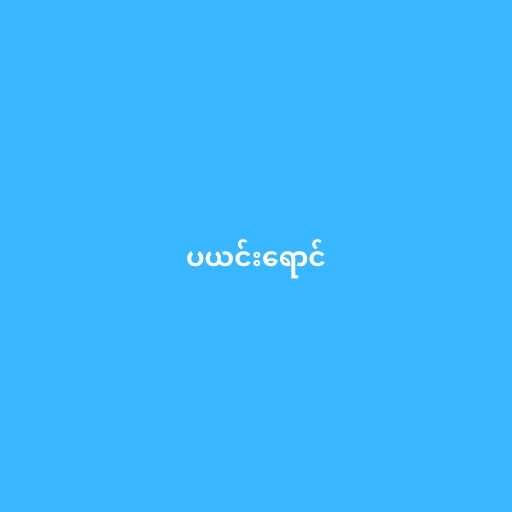
ပယင်းရောင်